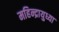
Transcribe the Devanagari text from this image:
महिन्द्रायुध्या